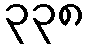
၃၃၈